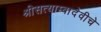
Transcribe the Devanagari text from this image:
श्रीसत्याम्बादेवीचे